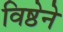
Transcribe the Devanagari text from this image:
विष्ठेने